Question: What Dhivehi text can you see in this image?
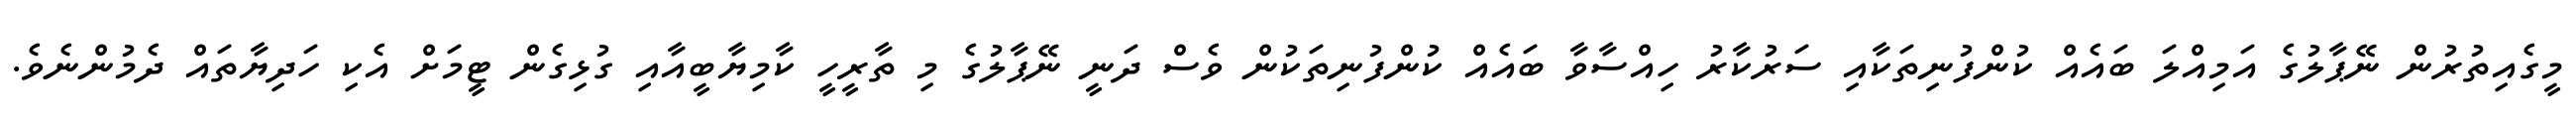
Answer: މީގެއިތުރުން ނޭޕާލުގެ އަމިއްލަ ބައެއް ކުންފުނިތަކާއި ސަރުކާރު ހިއްސާވާ ބައެއް ކުންފުނިތަކުން ވެސް ދަނީ ނޭޕާލުގެ މި ތާރީހީ ކާމިޔާބީއާއި ގުޅިގެން ޓީމަށް އެކި ހަދިޔާތައް ދެމުންނެވެ.